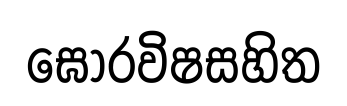
ඝෝරවිෂසහිත